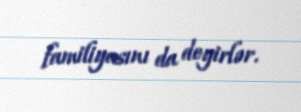
familiyasını da deyirlər.